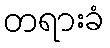
တရားခံ